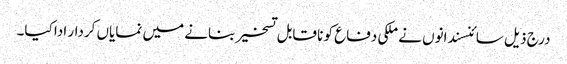
درج ذیل سائنسندانوں نے ملکی دفاع کو نا قابل تسخیر بنانے میں نمایاں کردار ادا کیا۔